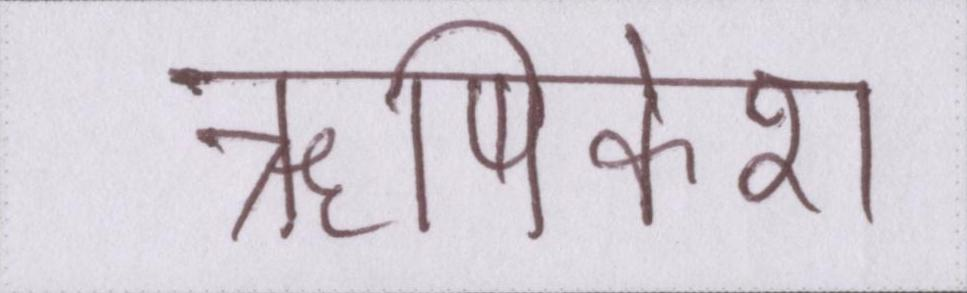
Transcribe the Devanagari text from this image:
ॠषिकेश